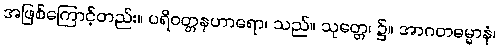
အဖြစ်ကြောင့်တည်း။ ပရိဝတ္တနဟာရော၊ သည်။ သုတ္တေ၊ ၌။ အာဂတဓမ္မာနံ၊